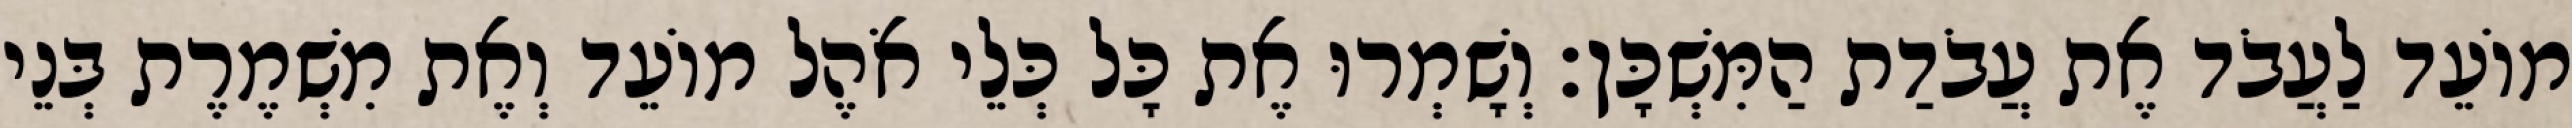
מוֹעֵד לַעֲבֹד אֶת עֲבֹדַת הַמִּשְׁכָּן׃ וְשָׁמְרוּ אֶת כָּל כְּלֵי אֹהֶל מוֹעֵד וְאֶת מִשְׁמֶרֶת בְּנֵי